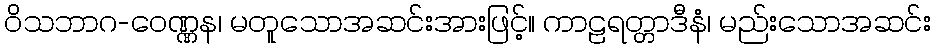
ဝိသဘာဂ-ဝေဏ္ဏန၊ မတူသောအဆင်းအားဖြင့်။ ကာဠရတ္တာဒီနံ၊ မည်းသောအဆင်း